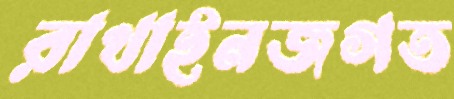
রাখাইনজগত